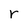
Character: r